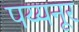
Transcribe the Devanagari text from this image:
पय्यनूर